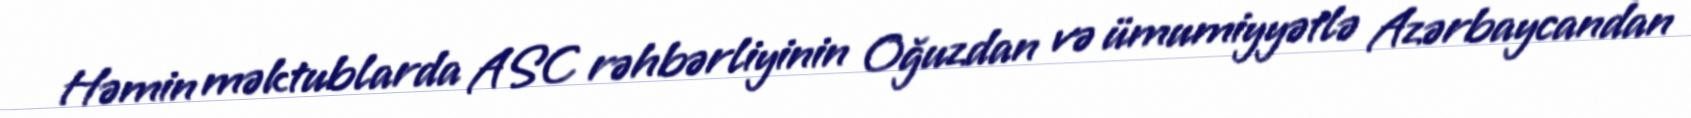
Həmin məktublarda ASC rəhbərliyinin Oğuzdan və ümumiyyətlə Azərbaycandan